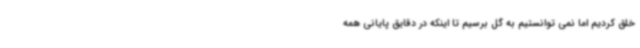
خلق کردیم اما نمی توانستیم به گل برسیم تا اینکه در دقایق پایانی همه